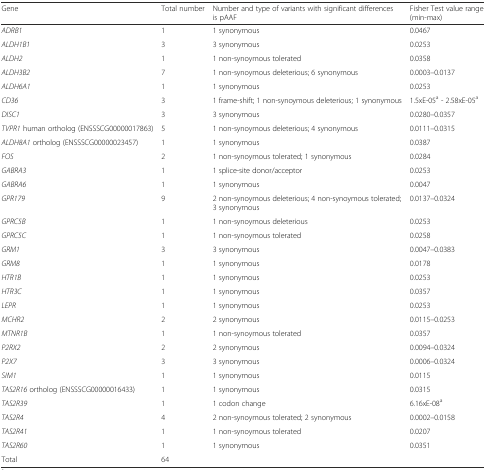
<table><thead><tr><td><b>Gene</b></td><td><b>Total number</b></td><td><b>Number and type of variants with significant differences is pAAF</b></td><td><b>Fisher Test value range (min-max)</b></td></tr></thead><tbody><tr><td><i>ADRB1</i></td><td>1</td><td>1 synonymous</td><td>0.0467</td></tr><tr><td><i>ALDH1B1</i></td><td>3</td><td>3 synonymous</td><td>0.0253</td></tr><tr><td><i>ALDH2</i></td><td>1</td><td>1 non-synoymous tolerated</td><td>0.0358</td></tr><tr><td><i>ALDH3B2</i></td><td>7</td><td>1 non-synoymous deleterious; 6 synonymous</td><td>0.0003–0.0137</td></tr><tr><td><i>ALDH6A1</i></td><td>1</td><td>1 synonymous</td><td>0.0253</td></tr><tr><td><i>CD36</i></td><td>3</td><td>1 frame-shift; 1 non-synoymous deleterious; 1 synonymous</td><td>1.5xE-05<sup>a</sup> - 2.58xE-05<sup>a</sup></td></tr><tr><td><i>DISC1</i></td><td>3</td><td>3 synonymous</td><td>0.0280–0.0357</td></tr><tr><td><i>TVPR1</i> human ortholog (ENSSSCG00000017863)</td><td>5</td><td>1 non-synoymous deleterious; 4 synonymous</td><td>0.0111–0.0315</td></tr><tr><td><i>ALDH8A1</i> ortholog (ENSSSCG00000023457)</td><td>1</td><td>1 synonymous</td><td>0.0387</td></tr><tr><td><i>FOS</i></td><td>2</td><td>1 non-synoymous tolerated; 1 synonymous</td><td>0.0284</td></tr><tr><td><i>GABRA3</i></td><td>1</td><td>1 splice-site donor/acceptor</td><td>0.0253</td></tr><tr><td><i>GABRA6</i></td><td>1</td><td>1 synonymous</td><td>0.0047</td></tr><tr><td><i>GPR179</i></td><td>9</td><td>2 non-synoymous deleterious; 4 non-synoymous tolerated; 3 synonymous</td><td>0.0137–0.0324</td></tr><tr><td><i>GPRC5B</i></td><td>1</td><td>1 non-synoymous deleterious</td><td>0.0253</td></tr><tr><td><i>GPRC5C</i></td><td>1</td><td>1 non-synoymous tolerated</td><td>0.0258</td></tr><tr><td><i>GRM1</i></td><td>3</td><td>3 synonymous</td><td>0.0047–0.0383</td></tr><tr><td><i>GRM8</i></td><td>1</td><td>1 synonymous</td><td>0.0178</td></tr><tr><td><i>HTR1B</i></td><td>1</td><td>1 synonymous</td><td>0.0253</td></tr><tr><td><i>HTR3C</i></td><td>1</td><td>1 synonymous</td><td>0.0357</td></tr><tr><td><i>LEPR</i></td><td>1</td><td>1 synonymous</td><td>0.0253</td></tr><tr><td><i>MCHR2</i></td><td>2</td><td>2 synonymous</td><td>0.0115–0.0253</td></tr><tr><td><i>MTNR1B</i></td><td>1</td><td>1 non-synoymous tolerated</td><td>0.0357</td></tr><tr><td><i>P2RX2</i></td><td>2</td><td>2 synonymous</td><td>0.0094–0.0324</td></tr><tr><td><i>P2X7</i></td><td>3</td><td>3 synonymous</td><td>0.0006–0.0324</td></tr><tr><td><i>SIM1</i></td><td>1</td><td>1 synonymous</td><td>0.0115</td></tr><tr><td><i>TAS2R16</i> ortholog (ENSSSCG00000016433)</td><td>1</td><td>1 synonymous</td><td>0.0315</td></tr><tr><td><i>TAS2R39</i></td><td>1</td><td>1 codon change</td><td>6.16xE-08<sup>a</sup></td></tr><tr><td><i>TAS2R4</i></td><td>4</td><td>2 non-synoymous tolerated; 2 synonymous</td><td>0.0002–0.0158</td></tr><tr><td><i>TAS2R41</i></td><td>1</td><td>1 non-synoymous tolerated</td><td>0.0207</td></tr><tr><td><i>TAS2R60</i></td><td>1</td><td>1 synonymous</td><td>0.0351</td></tr><tr><td>Total</td><td>64</td><td></td><td></td></tr></tbody></table>